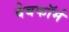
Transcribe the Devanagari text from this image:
वेबफॉर्म